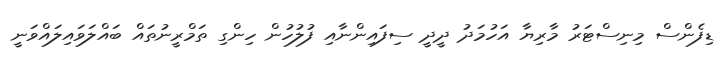
ޑިފެންސް މިނިސްޓަރު މާރިޔާ އަހުމަދު ދީދީ ސިފައިންނާއި ފުލުހުން ހިންގި ތަމްރީނުތައް ބައްލަވައިލައްވަނީ